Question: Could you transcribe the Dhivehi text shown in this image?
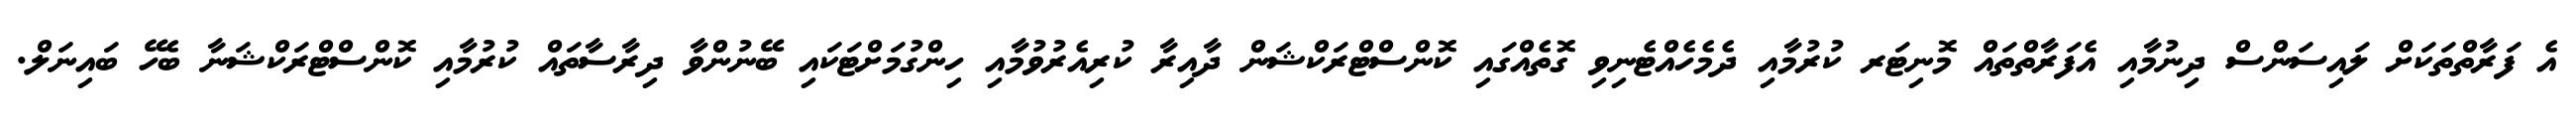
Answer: އެ ފަރާތްތަކަށް ލައިސަންސް ދިނުމާއި އެފަރާތްތައް މޮނިޓަރ ކުރުމާއި ދެމެހެއްޓެނިވި ގޮތެއްގައި ކޮންސްޓްރަކްޝަން ދާއިރާ ކުރިއެރުވުމާއި ހިންގުމަށްޓަކައި ބޭނުންވާ ދިރާސާތައް ކުރުމާއި ކޮންސްޓްރަކްޝަނާ ބެހޭ ބައިނަލް.